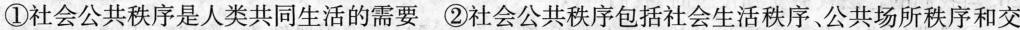
①社会公共秩序是人类共同生活的需要②社会公共秩序包括社会生活秩序、公共场所秩序和交